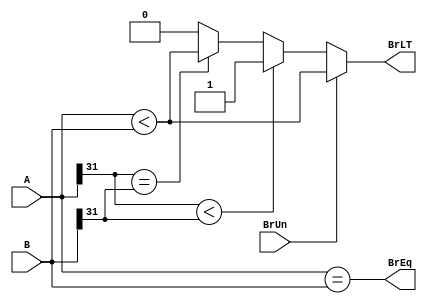
`timescale 1ns / 1ps
module Branch_comp (
    input [31:0] A,
    input [31:0] B,
    input BrUn,
    output reg BrEq,
    output reg BrLT
);

    always @* begin : Bran_comp
        // Unsigned comparison
        BrEq = (A == B);
        
        // Signed comparison
        if (BrUn) begin
            BrLT = (A < B);
        end else begin
            BrLT = (A[31] < B[31]) ? 1'b1 : (A[31] == B[31]) ? (A < B) : 1'b0;
        end
    end

endmodule